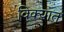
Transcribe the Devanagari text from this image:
विक्यात